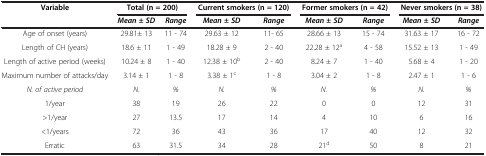
| Variable | <COLSPAN=2> Total (n = 200) | <COLSPAN=2> Current smokers (n = 120) | <COLSPAN=2> Former smokers (n = 42) | <COLSPAN=2> Never smokers (n = 38) |
 |  | Mean ± SD | Range | Mean ± SD | Range | Mean ± SD | Range | Mean ± SD | Range |
 | --- | --- | --- | --- | --- | --- | --- | --- | --- |
 | Age of onset (years) | 29.81± 13 | 11 - 74 | 29.63 ± 12 | 11- 65 | 28.66 ± 13 | 15 - 74 | 31.63 ± 17 | 16 - 72 |
 | Length of CH (years) | 18.6 ± 11 | 1 - 49 | 18.28 ± 9 | 2 - 40 | 22.28 ± 12a | 4 - 58 | 15.52 ± 13 | 1 - 49 |
 | Length of active period (weeks) | 10.24 ± 8 | 1 - 40 | 12.38 ± 10b | 2 - 40 | 8.24 ± 7 | 1 - 40 | 5.68 ± 4 | 1 - 20 |
 | Maximum number of attacks/day | 3.14 ± 1 | 1 - 8 | 3.38 ± 1c | 1 - 8 | 3.04 ± 2 | 1 - 8 | 2.47 ± 1 | 1 - 6 |
 | N. of active period | N. | % | N. | % | N. | % | N. | % |
 | 1/year | 38 | 19 | 26 | 22 | 0 | 0 | 12 | 31 |
 | >1/year | 27 | 13.5 | 17 | 14 | 4 | 10 | 6 | 16 |
 | <1/years | 72 | 36 | 43 | 36 | 17 | 40 | 12 | 32 |
 | Erratic | 63 | 31.5 | 34 | 28 | 21d | 50 | 8 | 21 |